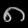
Digit: ၈